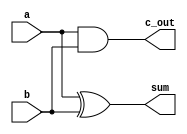
module Add_half(output c_out, sum, input a,b);
	xor M1(sum, a, b);
	and M2(c_out, a, b);
endmodule